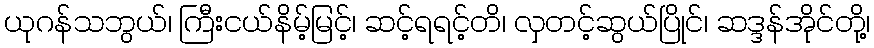
ယုဂန်သဘွယ်၊ ကြီးငယ်နိမ့်မြင့်၊ ဆင့်ရရင့်တိ၊ လှတင့်ဆွယ်ပြိုင်၊ ဆဒ္ဒန်အိုင်တို့၊